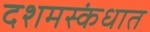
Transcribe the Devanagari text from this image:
दशमस्कंधात